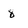
Character: 8